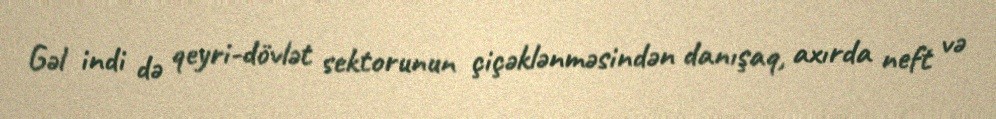
Gəl indi də qeyri-dövlət sektorunun çiçəklənməsindən danışaq, axırda neft və